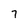
Character: 7